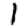
Digit: 1